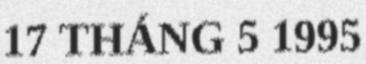
17 THÁNG 5 1995